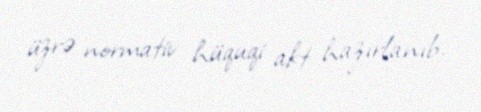
üzrə normativ hüquqi akt hazırlanıb.